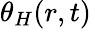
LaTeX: \theta_{H}(r,t)